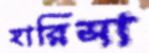
হারিসা